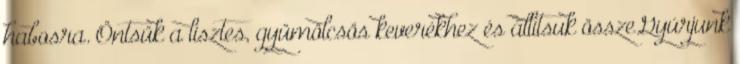
habosra. Öntsük a lisztes, gyümölcsös keverékhez és állítsuk össze.Gyúrjunk